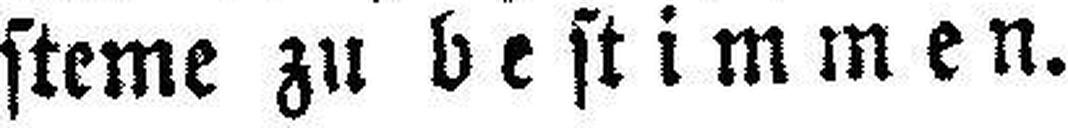
steme zu bestimmen.